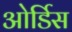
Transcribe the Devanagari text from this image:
ओर्डिस